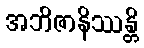
အဘိဇာနိဿန္တိ